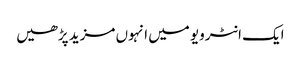
ایک انٹرویو میں انہوں مزید پڑھیں